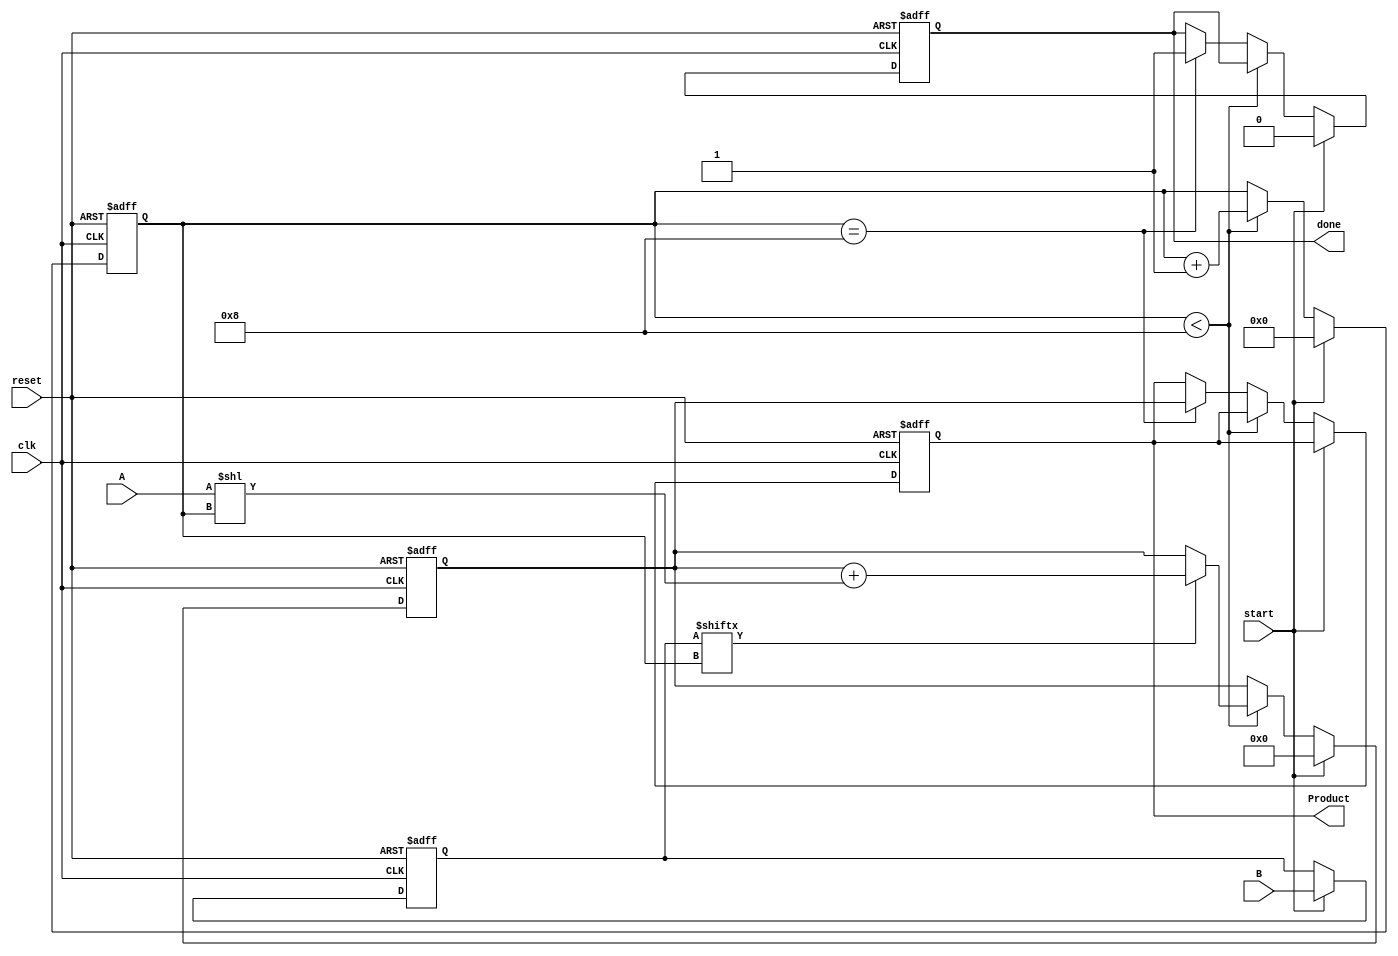
module PartialProductAccumulator #(
    parameter N = 8, // Bit-width of multiplicand A
    parameter M = 8  // Bit-width of multiplier B
)(
    input  wire [N-1:0] A,        // Multiplicand
    input  wire [M-1:0] B,        // Multiplier
    input  wire clk,               // Clock signal
    input  wire reset,             // Asynchronous reset
    input  wire start,             // Start signal
    output reg [N+M-1:0] Product,  // Output product
    output reg done                // Done signal
);

    reg [M-1:0] b_reg;             // Register to hold the multiplier
    reg [N+M-1:0] accumulator;      // Accumulator for the product
    reg [3:0] count;                // Counter for the number of bits processed

    // Asynchronous reset
    always @(posedge clk or posedge reset) begin
        if (reset) begin
            Product <= 0;
            accumulator <= 0;
            b_reg <= 0;
            count <= 0;
            done <= 0;
        end else if (start) begin
            // Load the multiplier into the register and reset the accumulator
            b_reg <= B;
            accumulator <= 0;
            count <= 0;
            done <= 0;
        end else if (count < M) begin
            // Generate partial product and accumulate
            if (b_reg[count]) begin
                accumulator <= accumulator + (A << count); // Shift A left by count
            end
            count <= count + 1; // Increment the count
        end else if (count == M) begin
            // Finalize the product and set done signal
            Product <= accumulator;
            done <= 1;
        end
    end

endmodule